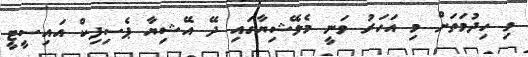
މި ހިދުމަތަށް މި އަހަރު ވަނީ މެލޭޝިޔާގައި ދޭ އޭޝިޔާ ޕެސިފިކް އައިސީޓީ